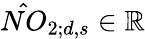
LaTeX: \hat{NO}_{2;d,s}\in\mathbb{R}